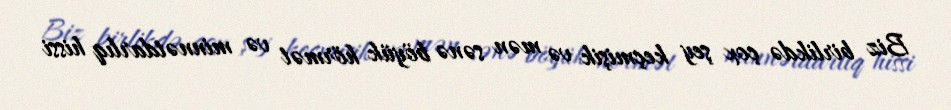
Biz birlikdə çox şey keçmişik və mən sənə böyük hörmət və minnətdarlıq hissi